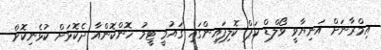
އިމްރާނަށް އަނިޔާވީ ވޯލްޑް ކަޕް ކޮލިފައިންގައި ގައުމީ ޓީމު ހޮންކޮންއާ ދެކޮޅަށް ކުޅެނިކޮށް